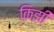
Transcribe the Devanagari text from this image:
किझ़ी